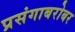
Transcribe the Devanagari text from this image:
प्रसंगाबरोबर